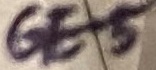
Text: GE-5